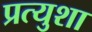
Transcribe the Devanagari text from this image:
प्रत्युशा